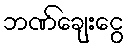
ဘဏ်ချေးငွေ